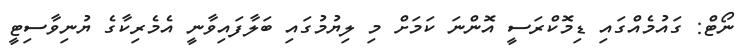
ނޯޓް: ގައުމެއްގައި ޑިމޮކްރަސީ އޮންނަ ކަމަށް މި ލިޔުމުގައި ބަލާފައިވާނީ އެމެރިކާގެ ޔުނިވާސިޓީ